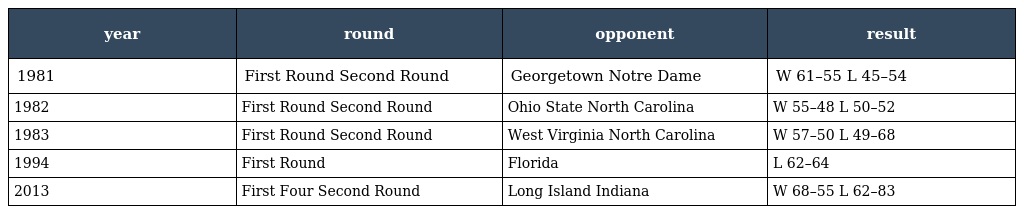
| year | round | opponent | result |
 | --- | --- | --- | --- |
 | 1981 | First Round Second Round | Georgetown Notre Dame | W 61–55 L 45–54 |
 | 1982 | First Round Second Round | Ohio State North Carolina | W 55–48 L 50–52 |
 | 1983 | First Round Second Round | West Virginia North Carolina | W 57–50 L 49–68 |
 | 1994 | First Round | Florida | L 62–64 |
 | 2013 | First Four Second Round | Long Island Indiana | W 68–55 L 62–83 |